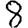
Digit: 8